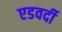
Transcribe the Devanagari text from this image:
एडवर्दी